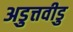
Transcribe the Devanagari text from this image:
अडुत्तवीडु